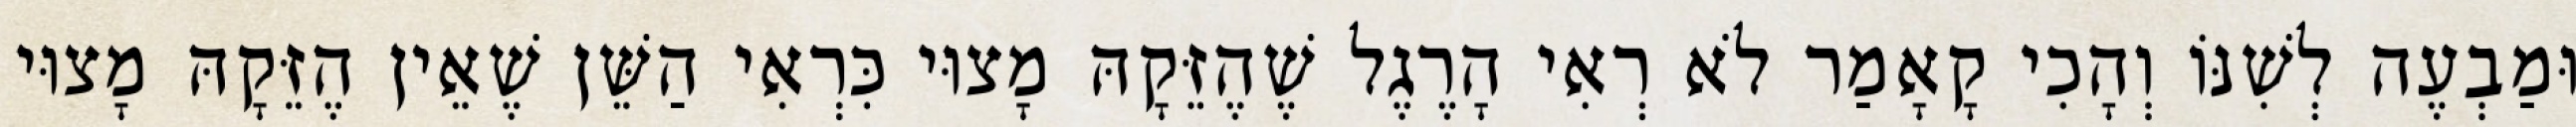
וּמַבְעֶה לְשִׁנּוֹ וְהָכִי קָאָמַר לֹא רְאִי הָרֶגֶל שֶׁהֶזֵּקָהּ מָצוּי כִּרְאִי הַשֵּׁן שֶׁאֵין הֶזֵּקָהּ מָצוּי